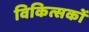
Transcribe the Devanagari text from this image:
विकित्सकों